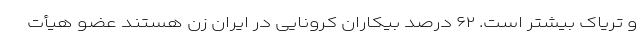
و تریاک بیشتر است. ۶۲ درصد بیکاران کرونایی در ایران زن هستند عضو هیأت